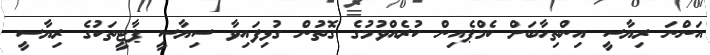
އަންނަ ރިޔާސީ އިންތިހާބަށް ކެމްޕެއިން ކުރެއްވުމުގެ ގޮތުން ގުޅިފައިވާ ސިޔާސީ ޕާޓީތަކުގެ ރިޔާސީ